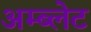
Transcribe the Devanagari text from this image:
अम्ब्लेट